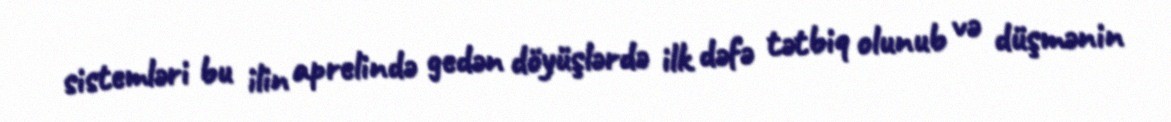
sistemləri bu ilin aprelində gedən döyüşlərdə ilk dəfə tətbiq olunub və düşmənin